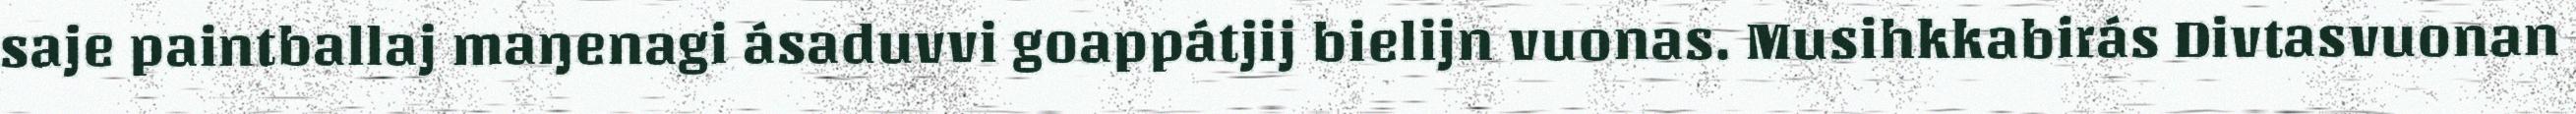
saje paintballaj maŋenagi ásaduvvi goappátjij bielijn vuonas. Musihkkabirás Divtasvuonan